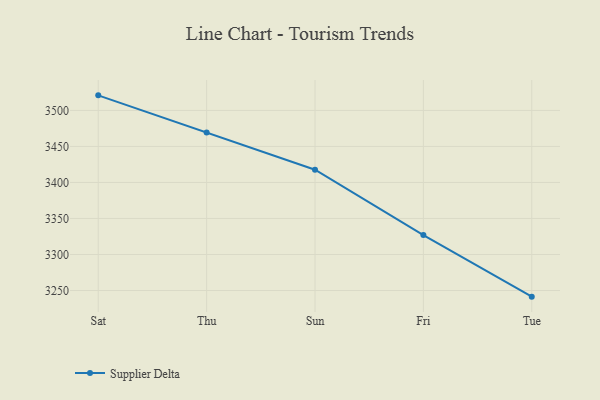
{"axis": {"x": "Day", "y": "LTV (USD)"}, "legend": ["Supplier Delta"], "data": [{"x": "Sat", "y": 3520.9, "type": "Supplier Delta"}, {"x": "Thu", "y": 3469.2, "type": "Supplier Delta"}, {"x": "Sun", "y": 3417.7, "type": "Supplier Delta"}, {"x": "Fri", "y": 3327.0, "type": "Supplier Delta"}, {"x": "Tue", "y": 3241.5, "type": "Supplier Delta"}]}